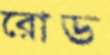
রোড